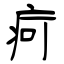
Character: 疴